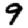
Digit: 9